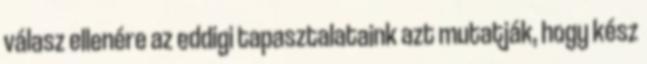
válasz ellenére az eddigi tapasztalataink azt mutatják, hogy kész